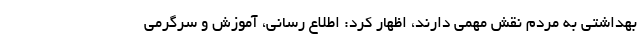
بهداشتی به مردم نقش مهمی دارند، اظهار کرد: اطلاع رسانی، آموزش و سرگرمی